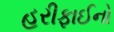
હરીફાઈનો